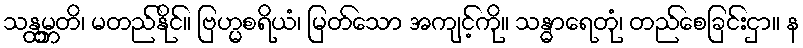
သန္ထမ္ဘတိ၊ မတည်နိုင်။ ဗြဟ္မစရိယံ၊ မြတ်သော အကျင့်ကို။ သန္ဓာရေတုံ၊ တည်စေခြင်းငှာ။ န